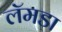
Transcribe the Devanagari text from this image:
लॅमडा